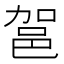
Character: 𮟶